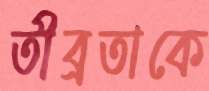
তীব্রতাকে